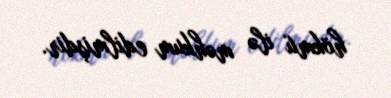
hökmü ilə məhkum edilmişdir.